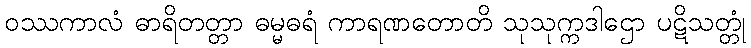
ဝဿကာလံ ဓာရိတတ္တာ ဓမ္မဓရံ ကာရဏတောတိ သုသုက္ကဒါဌော ပဋိသတ္တုံ